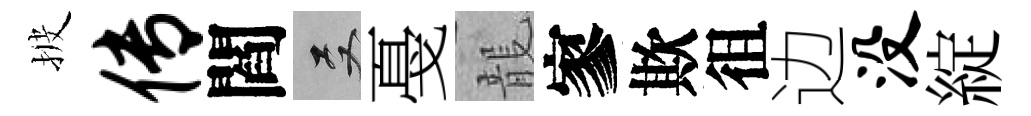
披传閻双戞龍寥欺徂边没綻